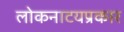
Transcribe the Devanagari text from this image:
लोकनाटयप्रकार